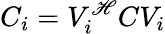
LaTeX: C_{i}=V_{i}^{\mathscr{H}}CV_{i}